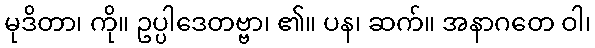
မုဒိတာ၊ ကို။ ဥပ္ပါဒေတဗ္ဗာ၊ ၏။ ပန၊ ဆက်။ အနာဂတေ ဝါ၊